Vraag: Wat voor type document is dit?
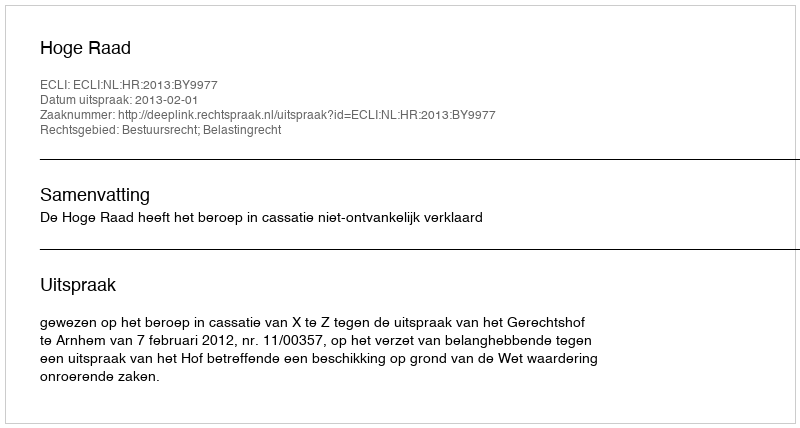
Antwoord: Uitspraak